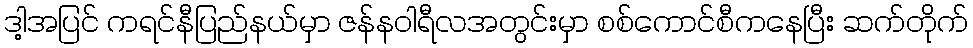
ဒါ့အပြင် ကရင်နီပြည်နယ်မှာ ဇန်နဝါရီလအတွင်းမှာ စစ်ကောင်စီကနေပြီး ဆက်တိုက်